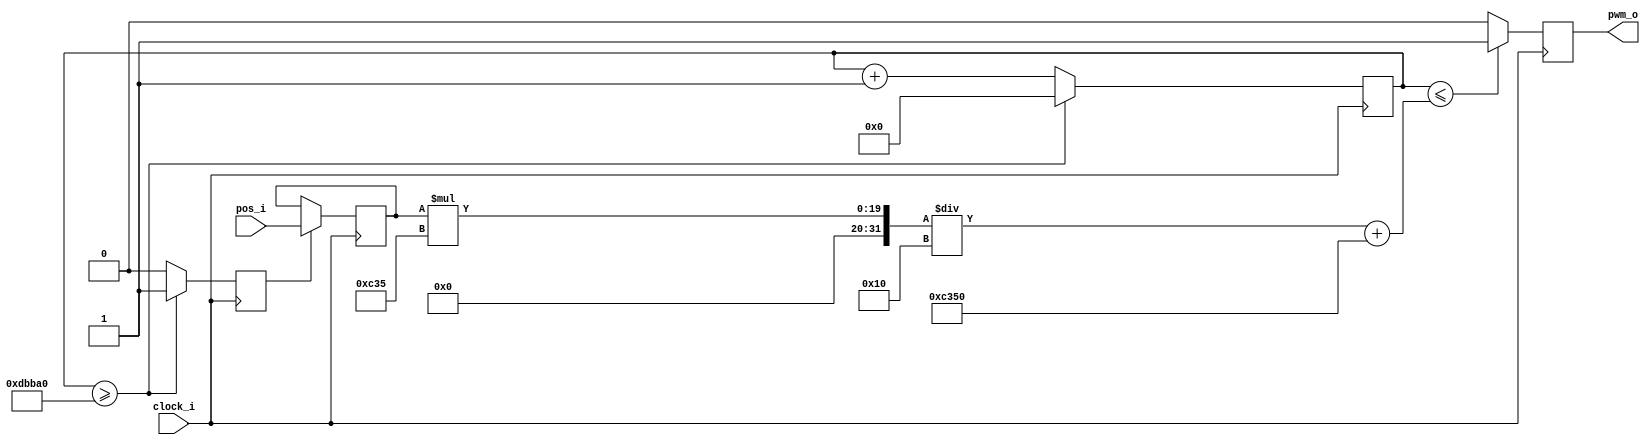
module PWM(clock_i, pos_i, pwm_o
	);
	
parameter wavelength = 900_000;
parameter offset = 50_000;
parameter sdm = 3125; // step multiplier
parameter sdd = 16;	// step divisor

input clock_i;
input [7:0] pos_i;

reg reset;

output pwm_o;
reg pwm_o;

reg [7:0] pos_latch;
reg [31:0] counter = 0;

always @ (posedge clock_i)
begin
	if (reset) pos_latch <= pos_i;
end

always @ (posedge clock_i)
begin
	counter <= counter + 1;
	if (counter <= ((pos_latch*sdm)/sdd) + offset) pwm_o <= 1;
	else pwm_o <= 0;
	if (counter >= wavelength) 
		begin
			counter <= 0;
			reset <= 1;
		end
	else reset <= 0;
end
endmodule